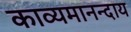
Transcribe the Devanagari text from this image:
काव्यमानन्दाय